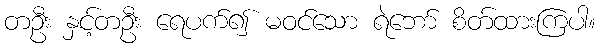
တဦး နှင့်တဦး ရေပက်၍ မဝင်သော ရဲဘော် စိတ်ထားကြပါ။